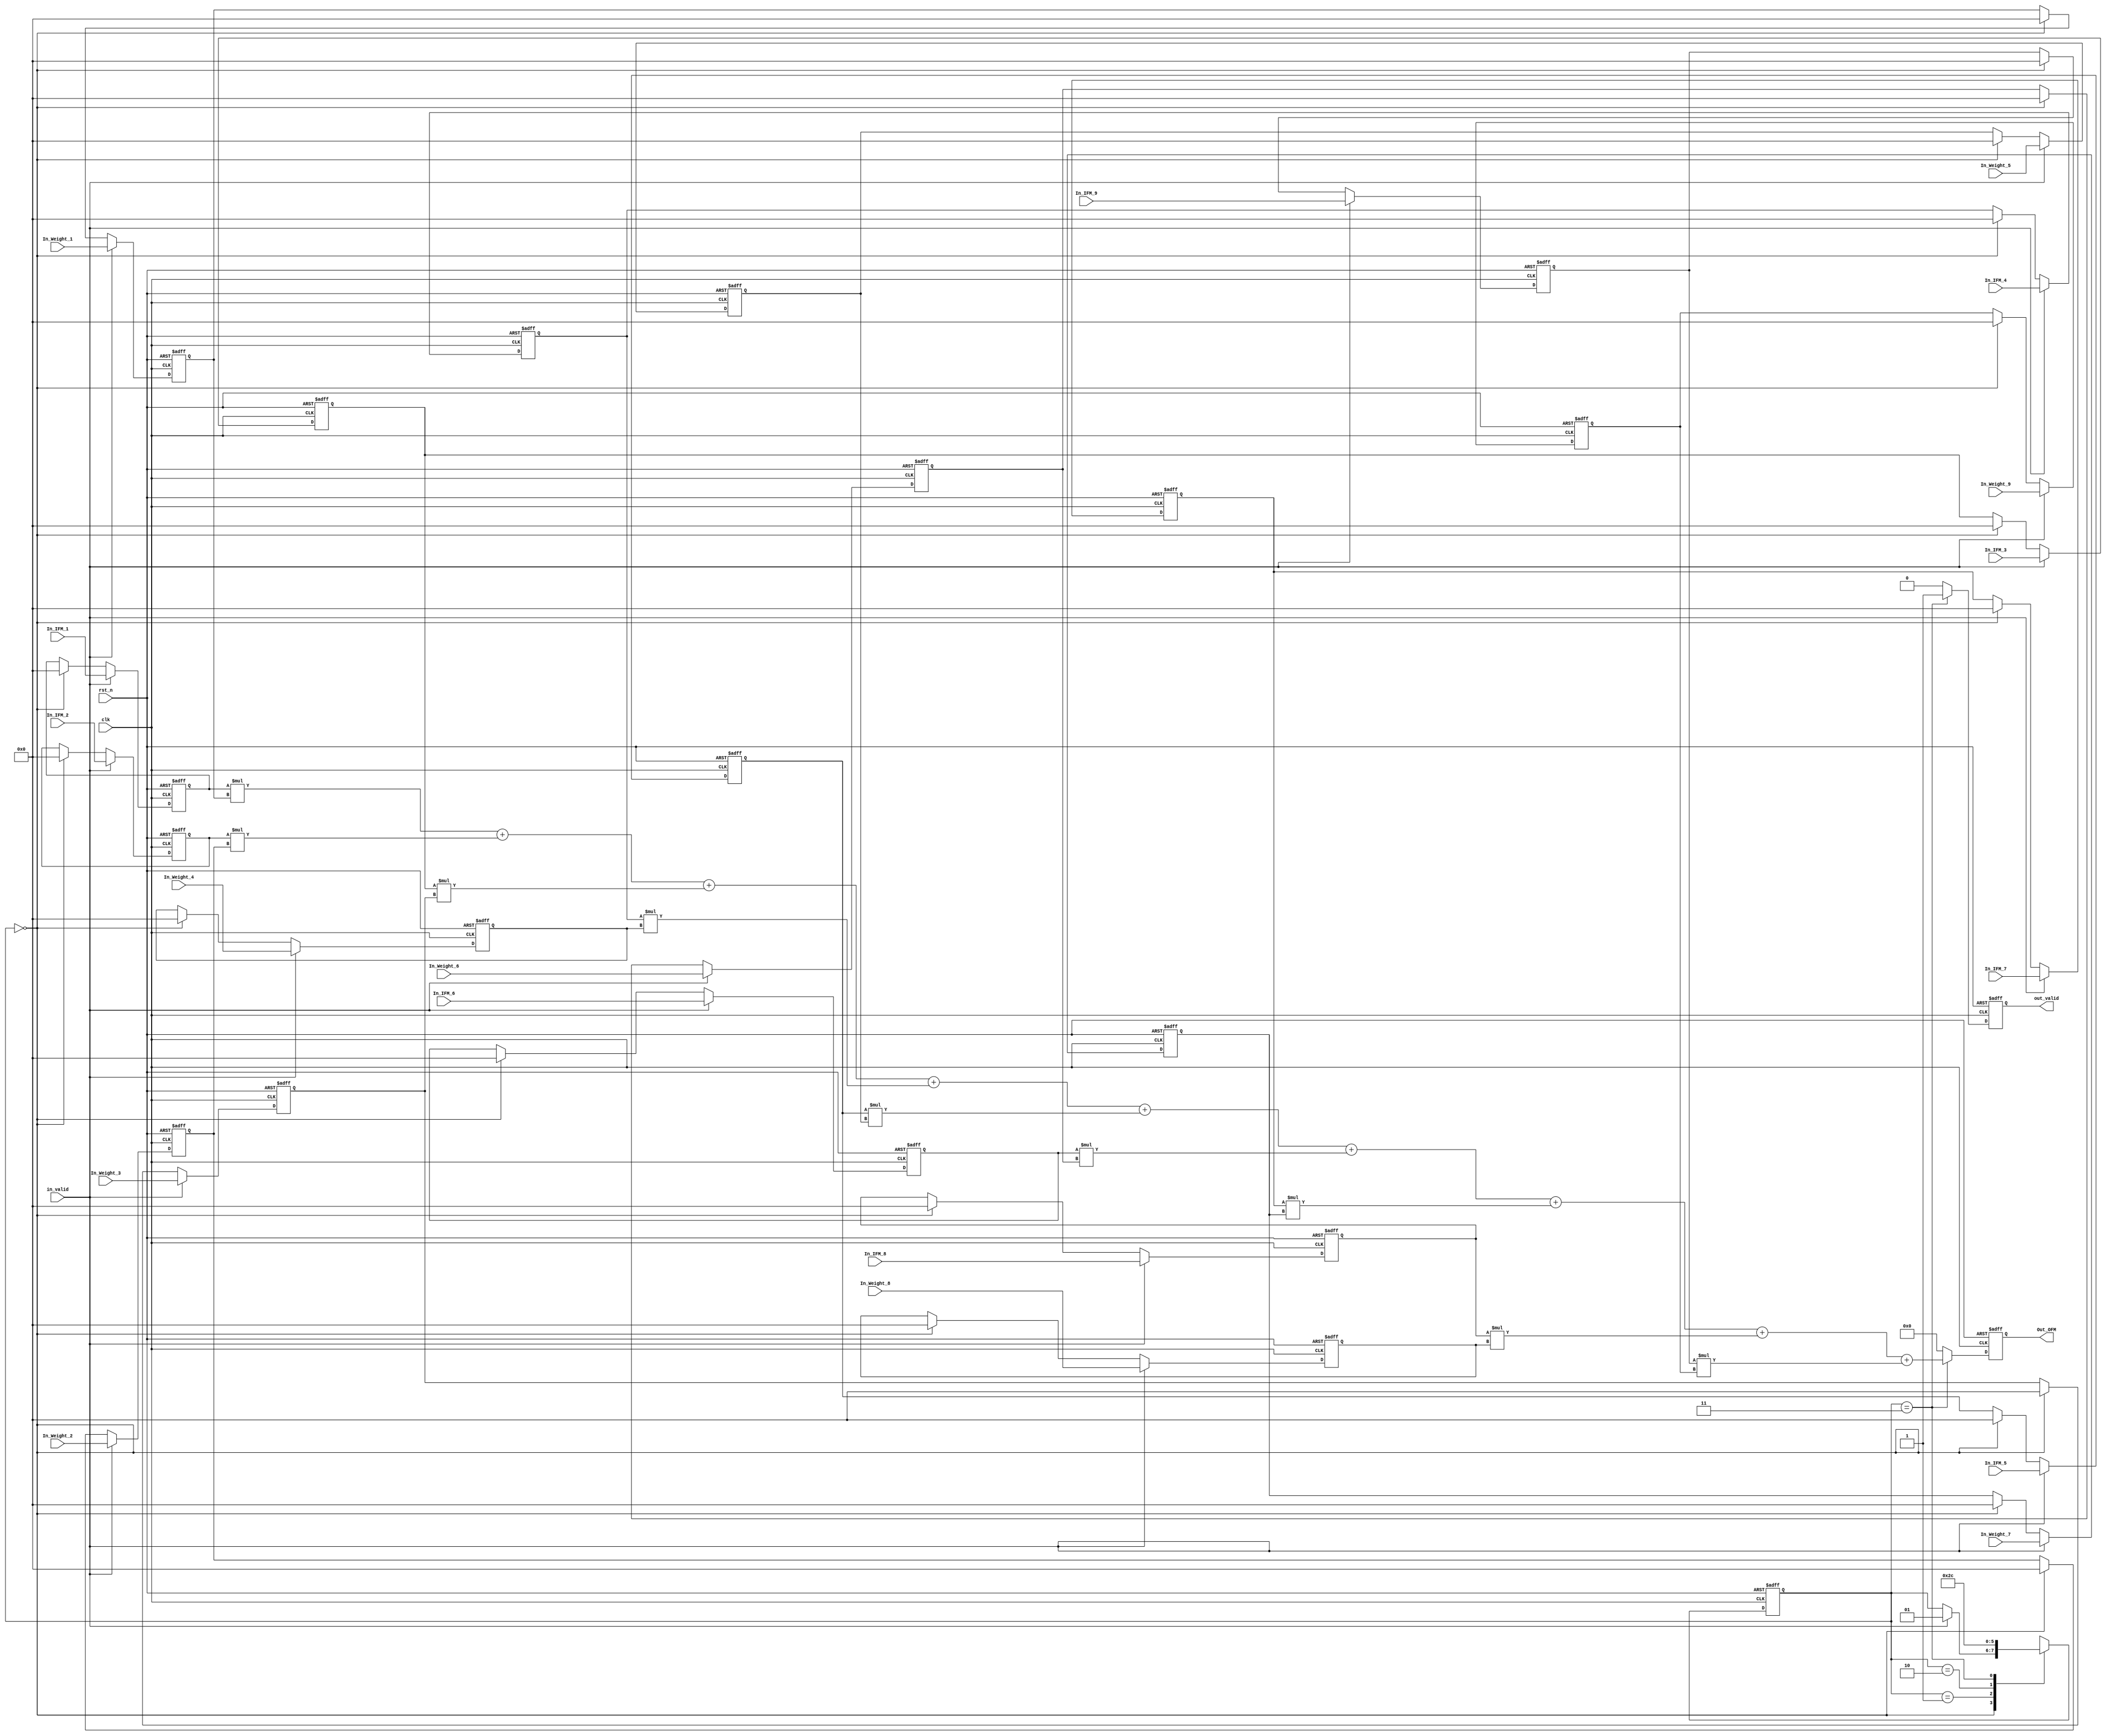
//==============================================
//==============================================				
//----------------------------------------------
//												
//	Module Name		:	Con_3x3						
//	Release version	:	v1.0					
//												
//----------------------------------------------								
//----------------------------------------------											
//	Input	:	clk,
//				rst_n,
//              IFM,
//				Weights,					
//												
//	Output	:	OFM,
//				out_valid					
//==============================================
//==============================================
module Convolution_without_pipeline(
    //Input Port
    clk,
    rst_n,
	in_valid,
	In_IFM_1,
	In_IFM_2,
	In_IFM_3,
	In_IFM_4,
	In_IFM_5,
	In_IFM_6,
	In_IFM_7,
	In_IFM_8,
	In_IFM_9,
	In_Weight_1,
	In_Weight_2,
	In_Weight_3,
	In_Weight_4,
    In_Weight_5,
	In_Weight_6,
	In_Weight_7,
	In_Weight_8,
	In_Weight_9,
    //Output Port
    out_valid, 
	Out_OFM
    );

//---------------------------------------------------------------------
//   PORT DECLARATION
//---------------------------------------------------------------------
input clk, rst_n;
input in_valid;
input[7:0]In_IFM_1;
input[7:0]In_IFM_2;
input[7:0]In_IFM_3;
input[7:0]In_IFM_4;
input[7:0]In_IFM_5;
input[7:0]In_IFM_6;
input[7:0]In_IFM_7;
input[7:0]In_IFM_8;
input[7:0]In_IFM_9;
input[7:0]In_Weight_1;
input[7:0]In_Weight_2;
input[7:0]In_Weight_3;
input[7:0]In_Weight_4;
input[7:0]In_Weight_5;
input[7:0]In_Weight_6;
input[7:0]In_Weight_7;
input[7:0]In_Weight_8;
input[7:0]In_Weight_9;
output reg out_valid;
output reg [20:0]Out_OFM;


//---------------------------------
//      Parameter declaration
//---------------------------------
parameter IDLE       = 2'd0;
parameter IN         = 2'd1;
parameter Cal        = 2'd2;
parameter Out        = 2'd3;

//---------------------------------
//      Reg declaration
//---------------------------------
reg [1:0]cstate;
reg [1:0]nstate;
reg [7:0]In_1;
reg [7:0]In_2;
reg [7:0]In_3;
reg [7:0]In_4;
reg [7:0]In_5;
reg [7:0]In_6;
reg [7:0]In_7;
reg [7:0]In_8;
reg [7:0]In_9;
reg [7:0]weigts1;
reg [7:0]weigts2;
reg [7:0]weigts3;
reg [7:0]weigts4;
reg [7:0]weigts5;
reg [7:0]weigts6;
reg [7:0]weigts7;
reg [7:0]weigts8;
reg [7:0]weigts9;
//reg [18:0]Adder;
wire [20:0]Adder;

//----------------------------------------------------
//          Finite-state machine (FSM)
//----------------------------------------------------
always@(posedge clk or negedge rst_n)
begin
	if(!rst_n)
		cstate <= IDLE;
	else 
		cstate <= nstate;
end

always@(*)
begin
	case(cstate)
		IDLE:  
			if(in_valid==1)   
				nstate = IN;      
			else
				nstate = cstate;
		IN:
			nstate = Cal;
		Cal:  
			nstate = Out;         
		
		Out: 	                           
			nstate = IDLE;
		default
			nstate = cstate;
	endcase
end


//----------------------------------------------------
//          Receive Inputs from Pattern
//----------------------------------------------------

always@(posedge clk or negedge rst_n)  // receive IFM
begin
	if(!rst_n)
		begin
			In_1 <= 8'd0;
			In_2 <= 8'd0;
			In_3 <= 8'd0;
			In_4 <= 8'd0;
			In_5 <= 8'd0;
			In_6 <= 8'd0;
			In_7 <= 8'd0;
			In_8 <= 8'd0;
			In_9 <= 8'd0;
		end
	else if(in_valid == 1)
		begin
			In_1 <= In_IFM_1;
			In_2 <= In_IFM_2;	
			In_3 <= In_IFM_3;	
			In_4 <= In_IFM_4;
			In_5 <= In_IFM_5;
			In_6 <= In_IFM_6;	
			In_7 <= In_IFM_7;	
			In_8 <= In_IFM_8;	
			In_9 <= In_IFM_9;
		end	
	else if(cstate == IDLE)
		begin
			In_1 <= 8'd0;
			In_2 <= 8'd0;
			In_3 <= 8'd0;
			In_4 <= 8'd0;
			In_5 <= 8'd0;
			In_6 <= 8'd0;
			In_7 <= 8'd0;
			In_8 <= 8'd0;
			In_9 <= 8'd0;
		end
	else
		begin
			In_1 <= In_1;
			In_2 <= In_2;
			In_3 <= In_3;
			In_4 <= In_4;
			In_5 <= In_5;
			In_6 <= In_6;
			In_7 <= In_7;
			In_8 <= In_8;
			In_9 <= In_9;
		end
end

always@(posedge clk or negedge rst_n)  // receive weights
begin
	if(!rst_n)
		begin
			weigts1 <= 8'd0;
			weigts2 <= 8'd0;
			weigts3 <= 8'd0;
			weigts4 <= 8'd0;
			weigts5 <= 8'd0;
			weigts6 <= 8'd0;
			weigts7 <= 8'd0;
			weigts8 <= 8'd0;
			weigts9 <= 8'd0;
		end
	else if(in_valid == 1)
		begin
			weigts1 <= In_Weight_1;
			weigts2 <= In_Weight_2;	
			weigts3 <= In_Weight_3;	
			weigts4 <= In_Weight_4;
			weigts5 <= In_Weight_5;
			weigts6 <= In_Weight_6;	
			weigts7 <= In_Weight_7;	
			weigts8 <= In_Weight_8;
			weigts9 <= In_Weight_9;
		end
	else if(cstate == IDLE)
		begin
			weigts1 <= 8'd0;
			weigts2 <= 8'd0;
			weigts3 <= 8'd0;
			weigts4 <= 8'd0;
			weigts5 <= 8'd0;
			weigts6 <= 8'd0;
			weigts7 <= 8'd0;
			weigts8 <= 8'd0;
			weigts9 <= 8'd0;
		end	
	else
		begin
			weigts1 <= weigts1;
			weigts2 <= weigts2;
			weigts3 <= weigts3;
			weigts4 <= weigts4;
			weigts5 <= weigts5;
			weigts6 <= weigts6;
			weigts7 <= weigts7;
			weigts8 <= weigts8;
			weigts9 <= weigts9;
		end
end

//----------------------------------------------------
//          Convolution circuit (2x2)
//----------------------------------------------------

// Adder

/*always@(posedge clk or negedge rst_n)
begin
	if(!rst_n)
		Adder <= 19'd0;
	else if(cstate == Cal)
		Adder <= (In_1 * weigts1) +  (In_2 * weigts2)+  (In_3 * weigts3)+  (In_4 * weigts4);
	else 
		Adder <= Adder;
end
*/
assign Adder = (In_1 * weigts1) +  (In_2 * weigts2)+  (In_3 * weigts3)+  (In_4 * weigts4)+  (In_5 * weigts5)+  (In_6 * weigts6)+  (In_7 * weigts7)+  (In_8 * weigts8)+  (In_9 * weigts9);
//----------------------------------------------------
//          Output the calculated data
//----------------------------------------------------
//output data
always@(posedge clk or negedge rst_n)
begin
	if(!rst_n)
		Out_OFM <= 21'd0;
	else if(cstate == Out)
		Out_OFM <= Adder;
	else 
		Out_OFM <= 21'd0;
end

//output valid
always@(posedge clk or negedge rst_n)
begin
	if(!rst_n)
		out_valid <= 1'd0;
	else if(cstate == Out)
		out_valid <= 1'd1;
	else 
		out_valid <= 1'd0;

end


endmodule